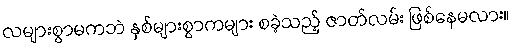
လများစွာမကဘဲ နှစ်များစွာကများ စခဲ့သည့် ဇာတ်လမ်း ဖြစ်နေမလား။